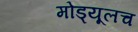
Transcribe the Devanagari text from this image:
मोड्यूलच